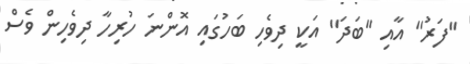
''ފަރު'' އާއި ''ބަދަ'' އަކީ ދިވެހި ބަހުގައި އޮންނަ ހުރިހާ ދިވެހިން ވެސް